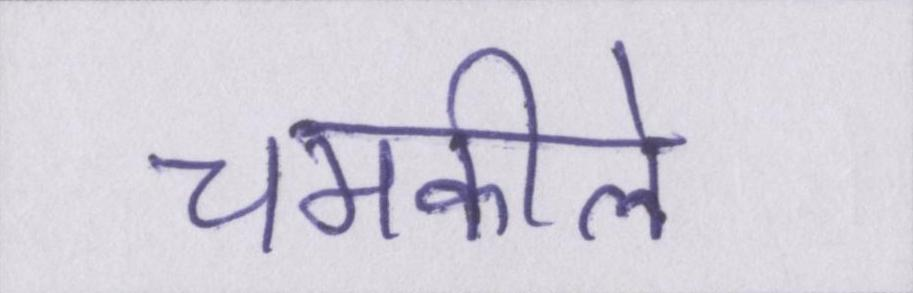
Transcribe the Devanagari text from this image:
चमकीले